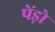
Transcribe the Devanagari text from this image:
पेंड़ो